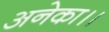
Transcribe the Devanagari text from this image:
अनेका।।